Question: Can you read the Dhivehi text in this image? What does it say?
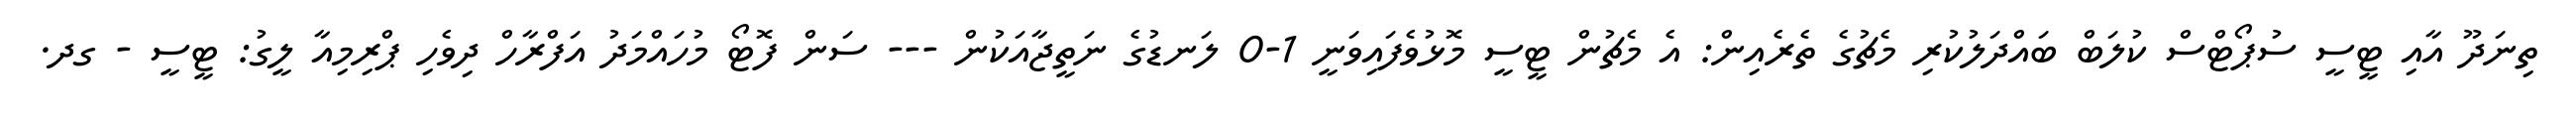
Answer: ތިނަދޫ އާއި ޓީސީ ސުޕޯޓްސް ކުލަބް ބައްދަލުކުރި މެޗުގެ ތެރެއިން: އެ މެޗުން ޓީސީ މޮޅުވެފައިވަނީ 1-0 ލަނޑުގެ ނަތީޖާއަކުން --- ސަން ފޮޓޯ މުހައްމަދު އަފްރާހް ދިވެހި ޕްރިމިއާ ލީގު: ޓީސީ - ގދ.